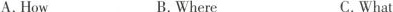
A.How B.Where C.What